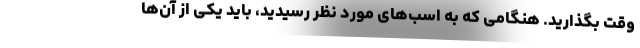
وقت بگذارید. هنگامی که به اسب‌های مورد نظر رسیدید، باید یکی از آن‌ها